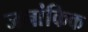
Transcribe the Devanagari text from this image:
जनांकिक